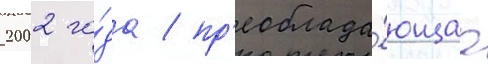
2002 го́да / пр'еоблада́ющаа